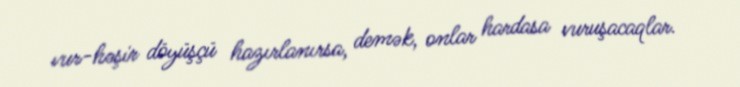
vur-həşir döyüşçü hazırlanırsa, demək, onlar hardasa vuruşacaqlar.